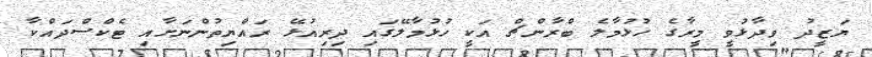
ޔަޒީދު ވިދާޅުވީ މީރާގެ ހުޅުމާލެ ބްރާންޗް އަކީ ހުޅުމާލޭގައި ދިރިއުޅޭ ރައްޔިތުންނަށާއި ޓެކްސްދައްކާ